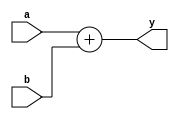
module adder #(
    parameter WIDTH = 32
) 
(
    input  wire [WIDTH-1 : 0]  a,
    input  wire [WIDTH-1 : 0]  b,
    output wire [WIDTH-1 : 0]  y
);
    assign y = a + b;
    
endmodule